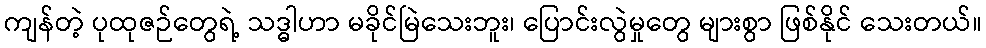
ကျန်တဲ့ ပုထုဇဉ်တွေရဲ့ သဒ္ဓါဟာ မခိုင်မြဲသေးဘူး၊ ပြောင်းလွဲမှုတွေ များစွာ ဖြစ်နိုင် သေးတယ်။